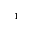
^ { 1 }